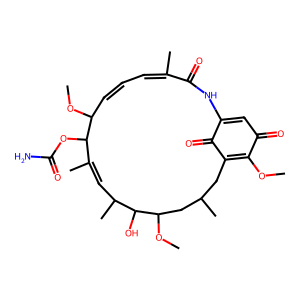
SMILES: COC1=C2CC(C)CC(OC)C(O)C(C)C=C(C)C(OC(N)=O)C(OC)C=CC=C(C)C(=O)NC(=CC1=O)C2=O
Inhibits HIV replication: No